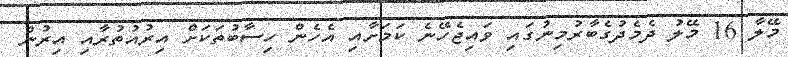
މޭލާ 16 މޭލު ދެމެދުގެބާރުމިނުގައި ވައިޖެހޭނެ ކަމަށާއި އެހެން ހިސާބުތަކަށް އިރުއުތުރާއި އިރުން